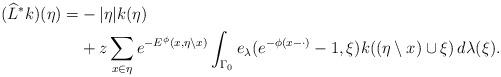
LaTeX: \begin{align*} ({\widehat{L}}^* k)(\eta)=&-\vert \eta \vert k(\eta) \\&+z\sum_{x\in \eta}e^{-E^\phi (x,\eta\setminus x)} \int_{\Gamma_0}e_\lambda(e^{-\phi (x - \cdot)}-1,\xi) k((\eta\setminus x)\cup\xi)\,d\lambda (\xi).\end{align*}